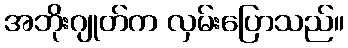
အဘိုးဂျုတ်က လှမ်းပြောသည်။